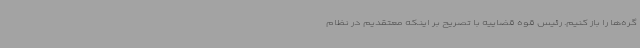
گره‌ها را باز کنیم. رئیس قوه قضاییه با تصریح بر اینکه معتقدیم در نظام